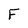
Character: F